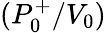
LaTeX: (P_{0}^{+}/V_{0})